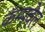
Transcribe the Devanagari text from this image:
कॅम्पवेल